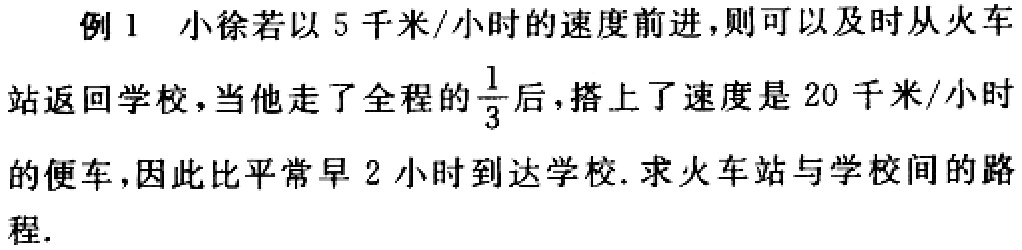
例 1 小徐若以 5 千米/小时的速度前进，则可以及时从火车站返回学校，当他走了全程的$\frac{1}{3}$后，搭上了速度是 20 千米/小时的便车，因此比平常早 2 小时到达学校. 求火车站与学校间的路程.